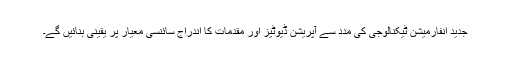
جدید انفارمیشن ٹیکنالوجی کی مدد سے آپریشن ڈیوٹیز اور مقدمات کا اندراج سائنسی معیار پر یقینی بنائیں گے۔